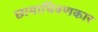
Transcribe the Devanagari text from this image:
छायाचित्रणकार